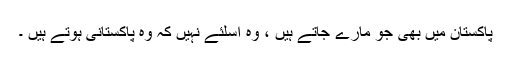
پاکستان میں بھی جو مارے جاتے ہیں ، وہ اسلئے نہیں کہ وہ پاکستانی ہوتے ہیں ۔